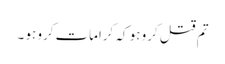
تم قتل کرو ہو کہ کرامات کرو ہو ۔